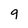
Character: 9